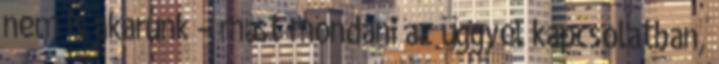
nem is akarunk – mást mondani az üggyel kapcsolatban,